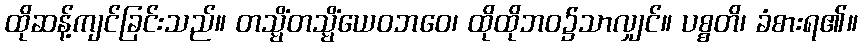
ထိုဆန့်ကျင်ခြင်းသည်။ တသ္မိံတသ္မိံယေဝဘဝေ၊ ထိုထိုဘဝ၌သာလျှင်။ ပစ္စတိ၊ ခံစားရ၏။